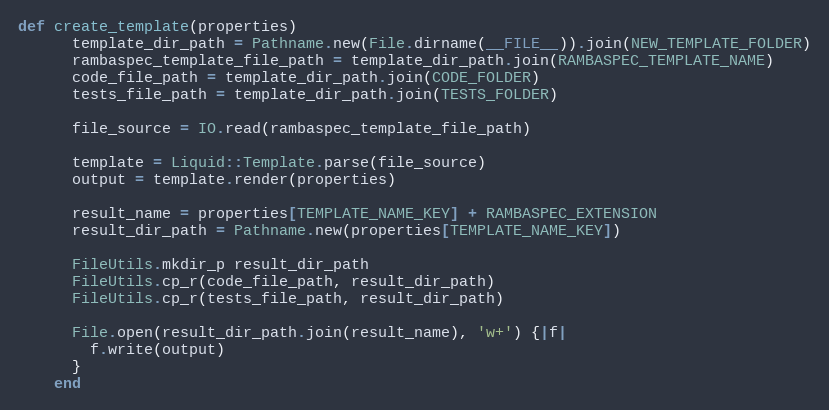
Language: Ruby
def create_template(properties)
      template_dir_path = Pathname.new(File.dirname(__FILE__)).join(NEW_TEMPLATE_FOLDER)
      rambaspec_template_file_path = template_dir_path.join(RAMBASPEC_TEMPLATE_NAME)
      code_file_path = template_dir_path.join(CODE_FOLDER)
      tests_file_path = template_dir_path.join(TESTS_FOLDER)

      file_source = IO.read(rambaspec_template_file_path)

      template = Liquid::Template.parse(file_source)
      output = template.render(properties)

      result_name = properties[TEMPLATE_NAME_KEY] + RAMBASPEC_EXTENSION
      result_dir_path = Pathname.new(properties[TEMPLATE_NAME_KEY])

      FileUtils.mkdir_p result_dir_path
      FileUtils.cp_r(code_file_path, result_dir_path)
      FileUtils.cp_r(tests_file_path, result_dir_path)

      File.open(result_dir_path.join(result_name), 'w+') {|f|
        f.write(output)
      }
    end